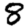
Digit: 8